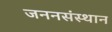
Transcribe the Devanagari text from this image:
जननसंस्थान